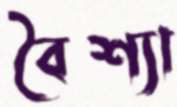
বৈশ্যা